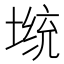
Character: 𡎭